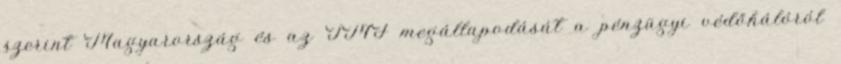
szerint Magyarország és az IMF megállapodását a pénzügyi védőhálóról